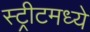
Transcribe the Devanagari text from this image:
स्ट्रीटमध्ये